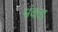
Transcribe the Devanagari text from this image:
मंकड